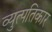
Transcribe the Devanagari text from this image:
व्युत्पतिकार